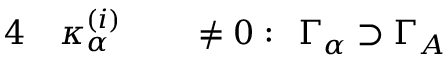
\begin{array} { r l r l } { { 4 } } & { { } \kappa _ { \alpha } ^ { ( i ) } } & { } & { { } \neq 0 : \; \, \Gamma _ { \alpha } \supset \Gamma _ { A } } \end{array}